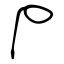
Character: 尸